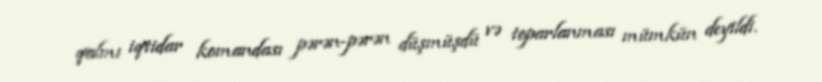
qalmı iqtidar komandası pərən-pərən düşmüşdü və toparlanması mümkün deyildi.